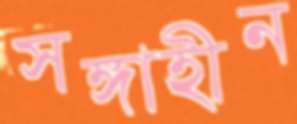
সঙ্গাহীন